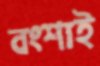
বংশাই